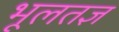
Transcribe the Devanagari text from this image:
भूलतज्ञ